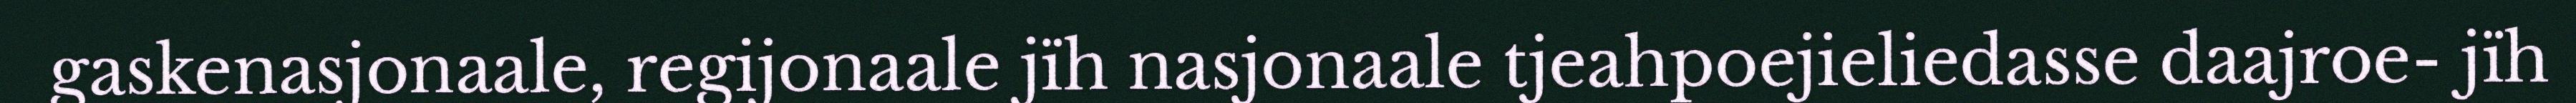
gaskenasjonaale, regijonaale jïh nasjonaale tjeahpoejieliedasse daajroe- jïh